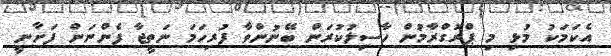
އެކަމަކު މުޅި މި ޕްރޮގްރާމުން ހާސިލުކުރަން ބޭނުންވާ ފުރިހަމަ ނަތީޖާ ފެންނަން ފަށާނީ